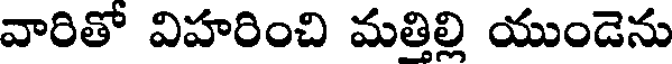
వారితో విహరించి మత్తిల్లి యుండెను